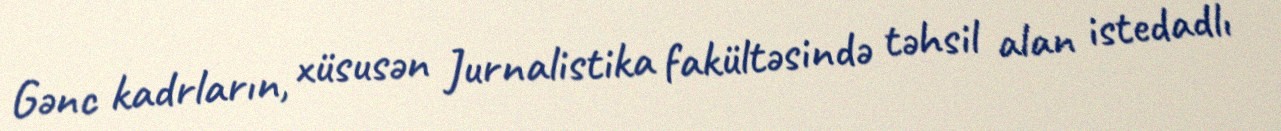
Gənc kadrların, xüsusən Jurnalistika fakültəsində təhsil alan istedadlı